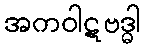
အကဝါဋဗဒ္ဓါ